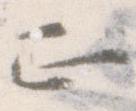
正